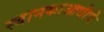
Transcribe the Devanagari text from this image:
स्थानकाआधीचे